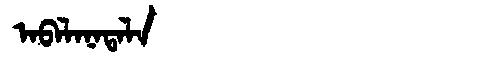
Manchu: ᠠᠪᠠᠯᠠᠨᠠᡨᠠᠯᠠ
Romanization: ABALANATALA